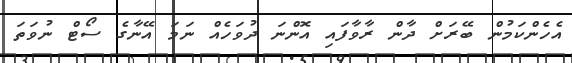
އެހެންކަމުން ބޭރަށް ދާން ރާވާފައި އޮންނަ ދުވަހެއް ނަމަ އޭނާގެ ސޯޓް ނުވަތަ